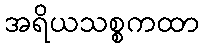
အရိယသစ္စကထာ